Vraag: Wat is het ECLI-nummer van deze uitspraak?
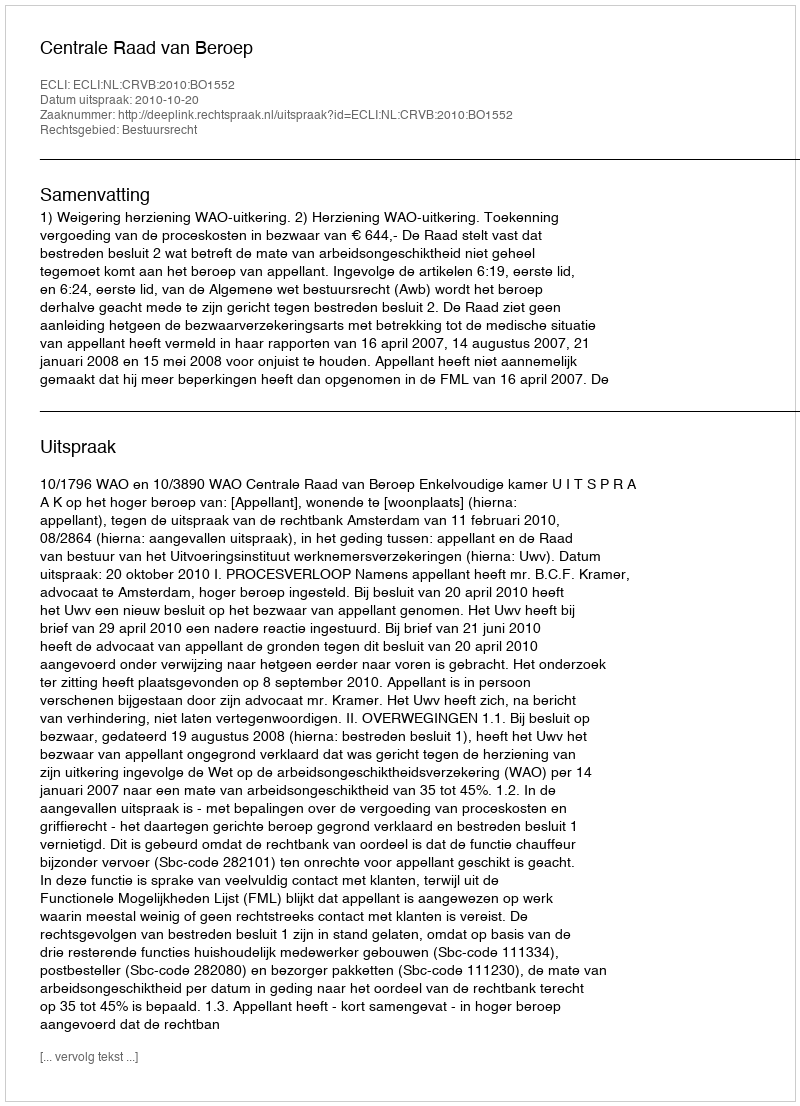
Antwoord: ECLI:NL:CRVB:2010:BO1552